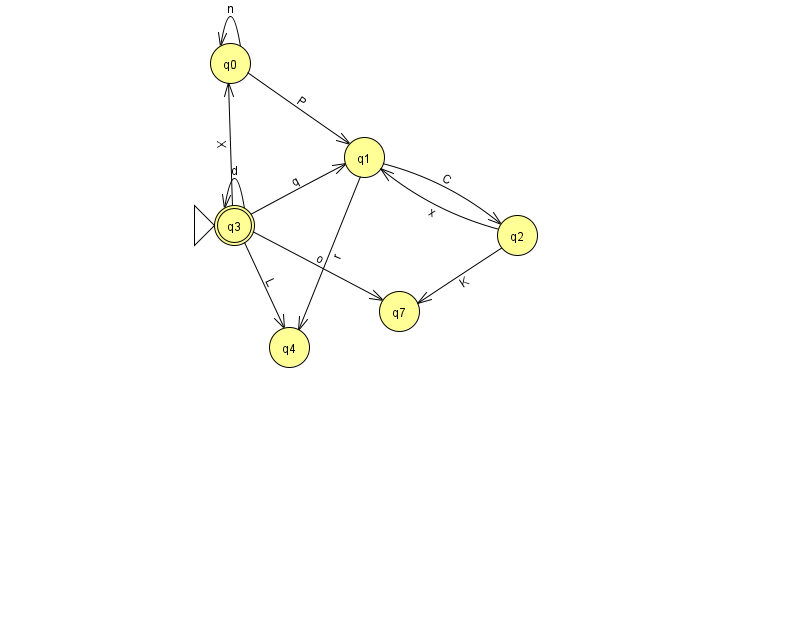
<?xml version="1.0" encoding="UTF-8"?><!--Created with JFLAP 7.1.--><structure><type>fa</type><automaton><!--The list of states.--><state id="0" name="q0"><x>230.0</x><y>50.0</y></state><state id="1" name="q1"><x>364.0</x><y>144.0</y></state><state id="2" name="q2"><x>517.0</x><y>222.0</y></state><state id="3" name="q3"><x>234.0</x><y>212.0</y><initial/><final/></state><state id="4" name="q4"><x>289.0</x><y>334.0</y></state><state id="7" name="q7"><x>399.0</x><y>298.0</y></state><!--The list of transitions.--><transition><from>0</from><to>1</to><read>P</read></transition><transition><from>3</from><to>7</to><read>o</read></transition><transition><from>3</from><to>0</to><read>X</read></transition><transition><from>1</from><to>4</to><read>r</read></transition><transition><from>2</from><to>7</to><read>K</read></transition><transition><from>3</from><to>3</to><read>d</read></transition><transition><from>3</from><to>4</to><read>L</read></transition><transition><from>2</from><to>1</to><read>x</read></transition><transition><from>3</from><to>1</to><read>q</read></transition><transition><from>1</from><to>2</to><read>C</read></transition><transition><from>0</from><to>0</to><read>n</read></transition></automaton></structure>